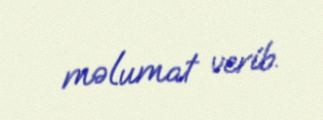
məlumat verib.